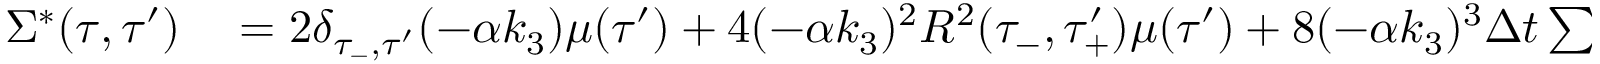
\begin{array} { r l } { { } \Sigma ^ { * } ( \tau , \tau ^ { \prime } ) } & { { } = 2 \delta _ { \tau _ { - } , \tau ^ { \prime } } ( - \alpha k _ { 3 } ) \mu ( \tau ^ { \prime } ) + 4 ( - \alpha k _ { 3 } ) ^ { 2 } R ^ { 2 } ( \tau _ { - } , \tau _ { + } ^ { \prime } ) \mu ( \tau ^ { \prime } ) + 8 ( - \alpha k _ { 3 } ) ^ { 3 } \Delta t \sum _ { \tau ^ { \prime \prime } } R ^ { 2 } ( \tau _ { - } , \tau ^ { \prime \prime } ) R ^ { 2 } ( \tau _ { - } ^ { \prime \prime } , \tau _ { + } ^ { \prime } ) \mu ( \tau ^ { \prime } ) } \end{array}